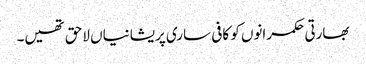
بھارتی حکمرانوں کو کافی ساری پریشانیاں لاحق تھیں۔